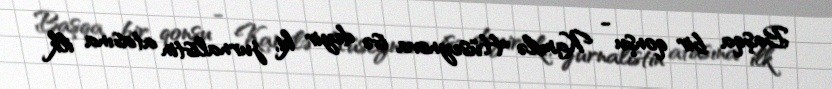
Başqa bir qonşu - Kamilə Hüseynova isə deyir ki, jurnalistin atasına ilk